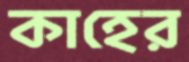
কাহের